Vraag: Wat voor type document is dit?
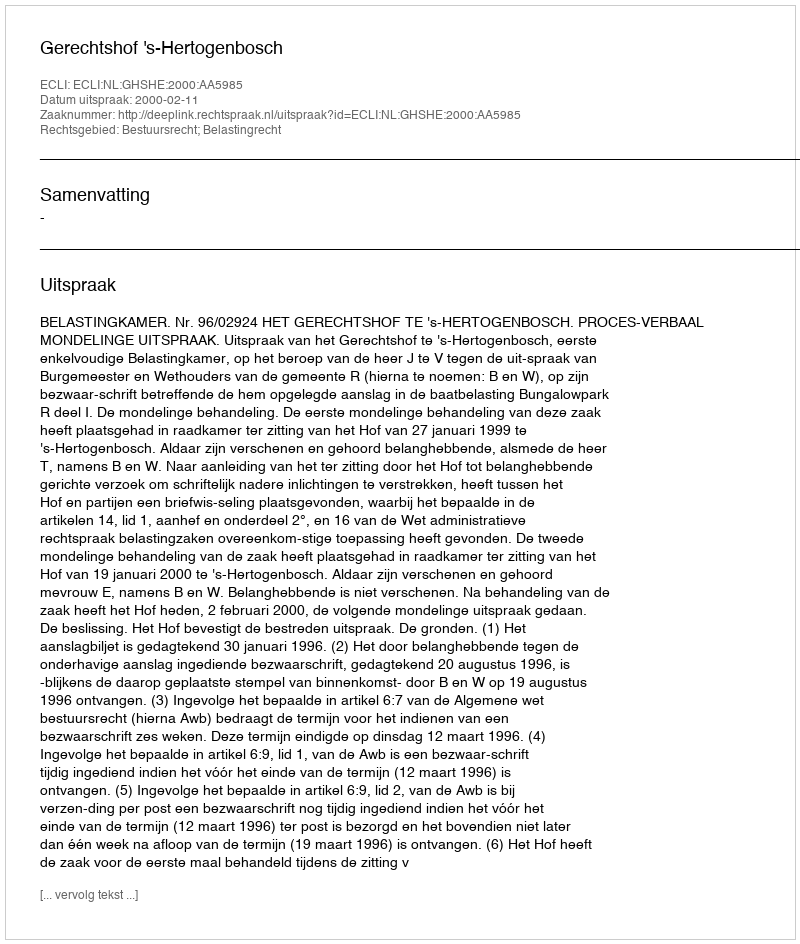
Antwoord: Uitspraak